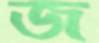
জ